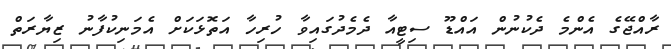
ރާއްޖޭގެ އެންމެ ދެކުނުން އައްޑޫ ސިޓީއާ ދެމެދުގައިވާ ހުރިހާ އަތޮޅަކަށް އެމަނިކުފާނު ޒިޔާރަތް